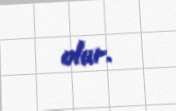
olur.